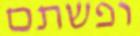
ופשתם